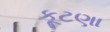
કૂટણા